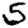
Digit: 5